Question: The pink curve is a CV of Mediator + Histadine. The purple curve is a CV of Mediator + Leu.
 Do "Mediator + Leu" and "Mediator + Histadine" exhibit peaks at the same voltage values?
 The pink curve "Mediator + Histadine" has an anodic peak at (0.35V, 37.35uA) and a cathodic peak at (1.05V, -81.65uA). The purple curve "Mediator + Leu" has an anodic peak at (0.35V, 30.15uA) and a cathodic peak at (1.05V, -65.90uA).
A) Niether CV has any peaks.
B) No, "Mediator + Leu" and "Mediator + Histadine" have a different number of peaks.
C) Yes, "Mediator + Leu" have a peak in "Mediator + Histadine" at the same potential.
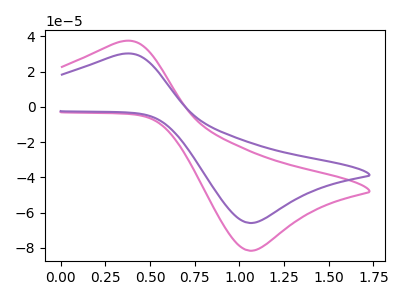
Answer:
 <answer>C) Yes, "Mediator + Leu" have a peak in "Mediator + Histadine" at the same potential.</answer>
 <eval>C</eval>